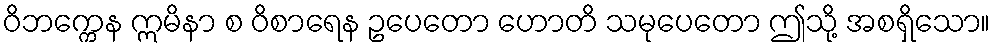
ဝိဘက္ကေန ဣမိနာ စ ဝိစာရေန ဥပေတော ဟောတိ သမုပေတော ဤသို့ အစရှိသော။